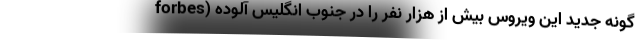
forbes) گونه جدید این ویروس بیش از هزار نفر را در جنوب انگلیس آلوده